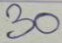
30